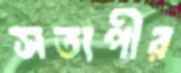
সত্যপীর